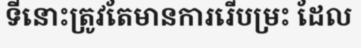
ទីនោះត្រូវតែមានការរើបម្រះ ដែល